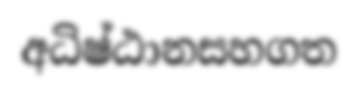
අධිෂ්ඨානසහගත